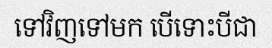
ទៅវិញទៅមក បើទោះបីជា